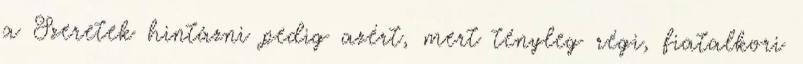
a Szeretek hintázni pedig azért, mert tényleg régi, fiatalkori